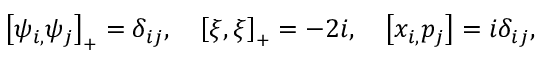
\left[ \psi _ { i , } \psi _ { j } \right] _ { + } = \delta _ { i j } , \quad \left[ \xi , \xi \right] _ { + } = - 2 i , \quad \left[ x _ { i , } p _ { j } \right] = i \delta _ { i j } ,